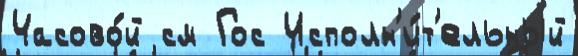
Часово́й см Гос Исполн'и́т'ельный